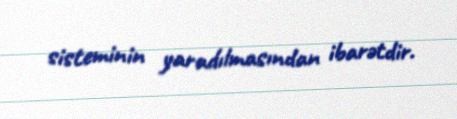
sisteminin yaradılmasından ibarətdir.